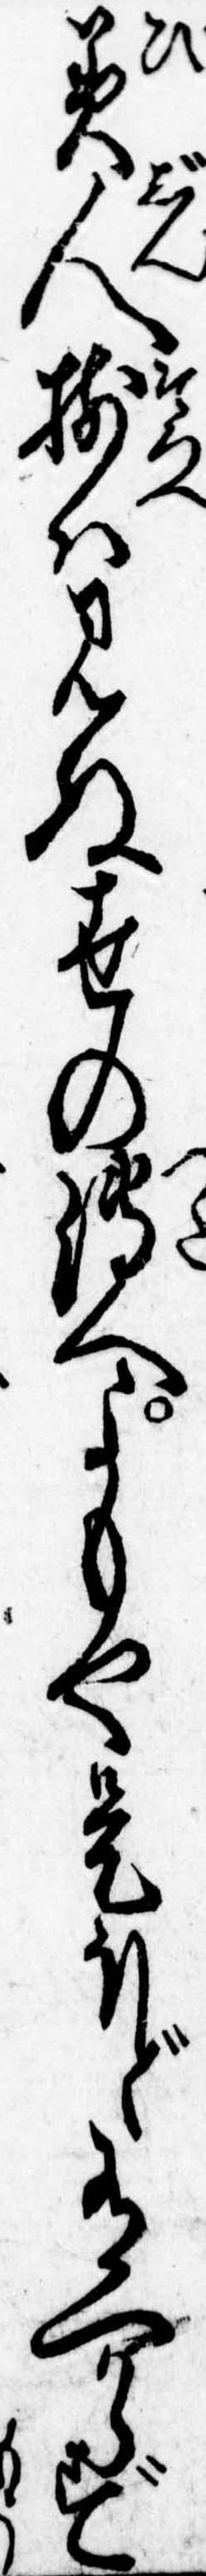
美人揃は見ぬ世の伝へよもや是ほど有へからず